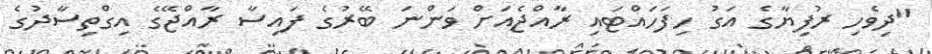
"ދިވެހި ރުފިޔާގެ އަގު ހިފަހައްޓައި ރާއްޖެއަށް ވަންނަ ބޭރުގެ ފައިސާ ރާއްޖޭގެ އިގްތިސާދުގެ